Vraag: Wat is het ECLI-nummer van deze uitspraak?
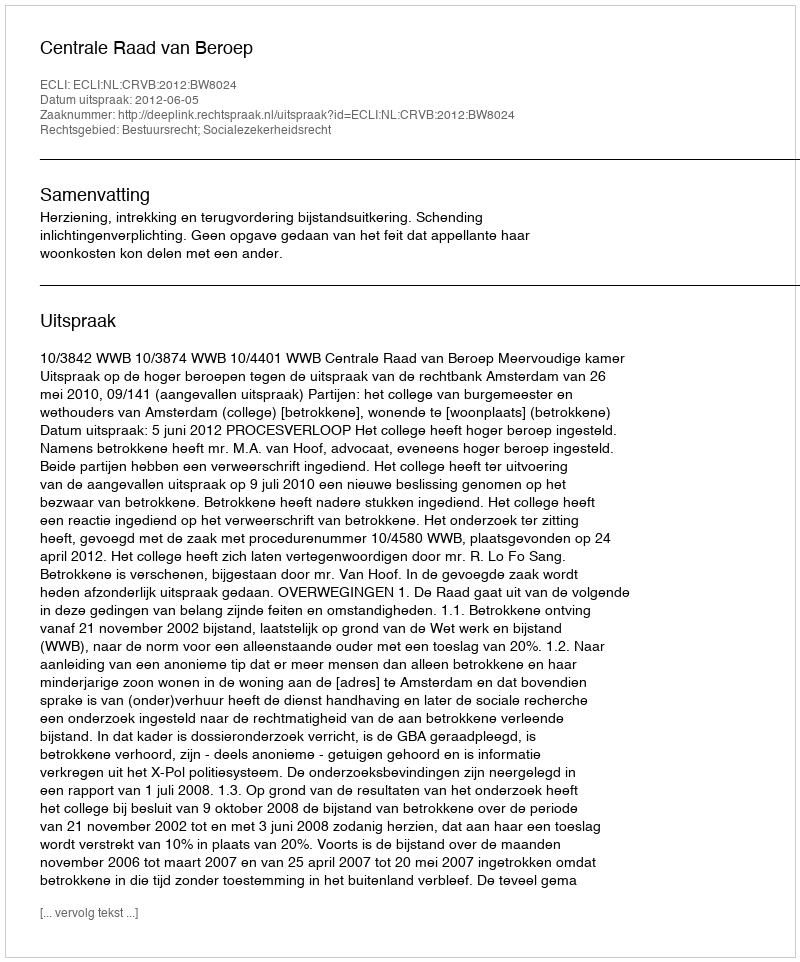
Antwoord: ECLI:NL:CRVB:2012:BW8024